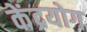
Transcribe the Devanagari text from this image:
केंद्रयोग